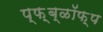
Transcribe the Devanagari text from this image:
प्फ़़्ब्ळॉफ़्प